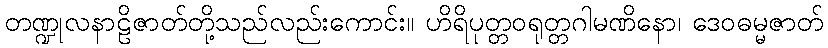
တဏ္ဍုလနာဠိဇာတ်တို့သည်လည်းကောင်း။ ဟိရိပုတ္တဝရုတ္တဂါမဏိနော၊ ဒေဝဓမ္မဇာတ်